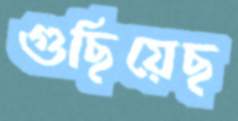
গুছিয়েছ